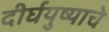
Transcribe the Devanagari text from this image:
दीर्घयुष्याचे